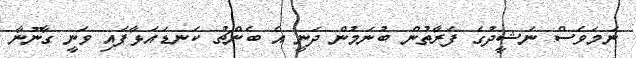
ނަމަވެސް ނަޝީދުގެ ފަރާތުން ބުނަމުން ދަނީ އެ ބެންޗު ކަނޑައަޅާފައި ވަނީ ގާނޫނާ